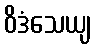
ဝိဒံသေယျ